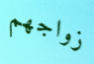
زواجهم